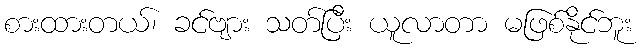
စားထားတယ်၊ ခင်ဗျား သတ်ပြီး ယူလာတာ မဖြစ်နိုင်ဘူး